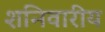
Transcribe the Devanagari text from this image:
शनिवारीय